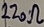
Text: 220Ω